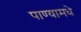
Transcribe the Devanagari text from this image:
पाण्यामधे